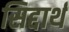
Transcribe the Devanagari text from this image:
सिद्दार्थ